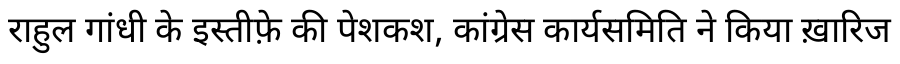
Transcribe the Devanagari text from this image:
राहुल गांधी के इस्तीफ़े की पेशकश, कांग्रेस कार्यसमिति ने किया ख़ारिज